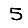
Digit: 5